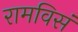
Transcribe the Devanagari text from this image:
रामविसं